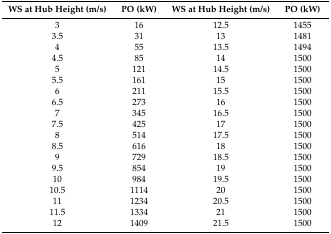
| WS at Hub Height (m/s) | PO (kW) | WS at Hub Height (m/s) | PO (kW) |
 | --- | --- | --- | --- |
 | 3 | 16 | 12.5 | 1455 |
 | 3.5 | 31 | 13 | 1481 |
 | 4 | 55 | 13.5 | 1494 |
 | 4.5 | 85 | 14 | 1500 |
 | 5 | 121 | 14.5 | 1500 |
 | 5.5 | 161 | 15 | 1500 |
 | 6 | 211 | 15.5 | 1500 |
 | 6.5 | 273 | 16 | 1500 |
 | 7 | 345 | 16.5 | 1500 |
 | 7.5 | 425 | 17 | 1500 |
 | 8 | 514 | 17.5 | 1500 |
 | 8.5 | 616 | 18 | 1500 |
 | 9 | 729 | 18.5 | 1500 |
 | 9.5 | 854 | 19 | 1500 |
 | 10 | 984 | 19.5 | 1500 |
 | 10.5 | 1114 | 20 | 1500 |
 | 11 | 1234 | 20.5 | 1500 |
 | 11.5 | 1334 | 21 | 1500 |
 | 12 | 1409 | 21.5 | 1500 |